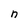
Character: n